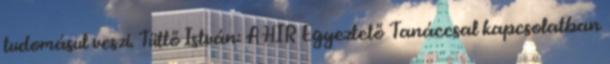
tudomásul veszi. Tüttő István: A HIR Egyeztető Tanáccsal kapcsolatban